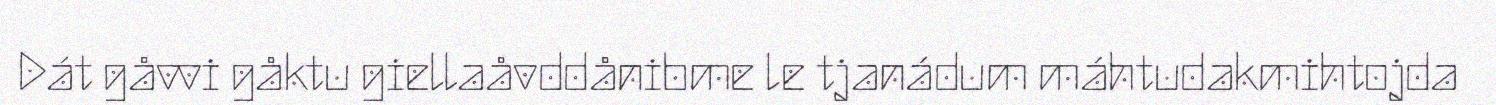
Dát gåvvi gåktu giellaåvddånibme le tjanádum máhtudakmihtojda